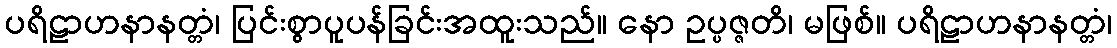
ပရိဠာဟနာနတ္တံ၊ ပြင်းစွာပူပန်ခြင်းအထူးသည်။ နော ဥပ္ပဇ္ဇတိ၊ မဖြစ်။ ပရိဠာဟနာနတ္တံ၊